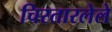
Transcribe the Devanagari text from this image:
चिरतारलेले